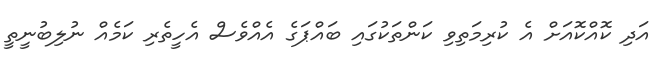
އަދި ކޮއްކޮއަށް އެ ކުރިމަތިވި ކަންތަކުގައި ބައްޕަގެ އެއްވެސް އެހީތެރި ކަމެއް ނުލިބުނީތީ